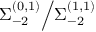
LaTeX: \Sigma _ { - 2 } ^ { ( 0 , 1 ) } \Big / \Sigma _ { - 2 } ^ { ( 1 , 1 ) }